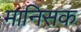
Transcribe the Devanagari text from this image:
मानिसक